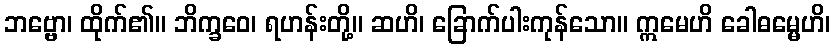
ဘဗ္ဗော၊ ထိုက်၏။ ဘိက္ခဝေ၊ ရဟန်းတို့။ ဆဟိ၊ ခြောက်ပါးကုန်သော။ ဣမေဟိ ခေါဓမ္မေဟိ၊